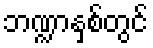
ဘဏ္ဍာနှစ်တွင်